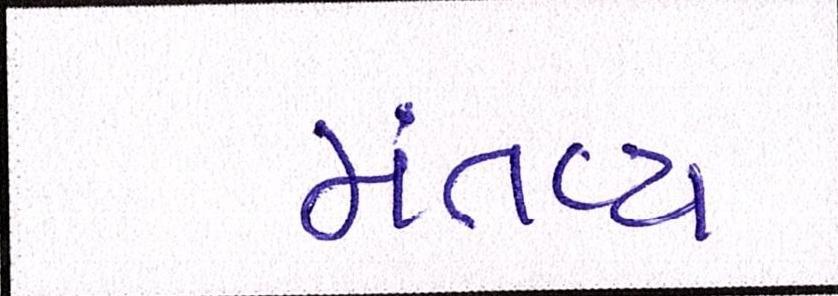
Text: મંતવ્ય